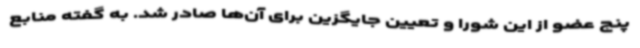
پنج عضو از این شورا و تعیین جایگزین برای آن‌ها صادر شد. به گفته منابع